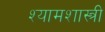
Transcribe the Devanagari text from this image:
श्यामशास्त्री